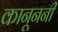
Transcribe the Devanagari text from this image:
कानूननी